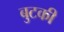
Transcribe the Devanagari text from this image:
बुटकी